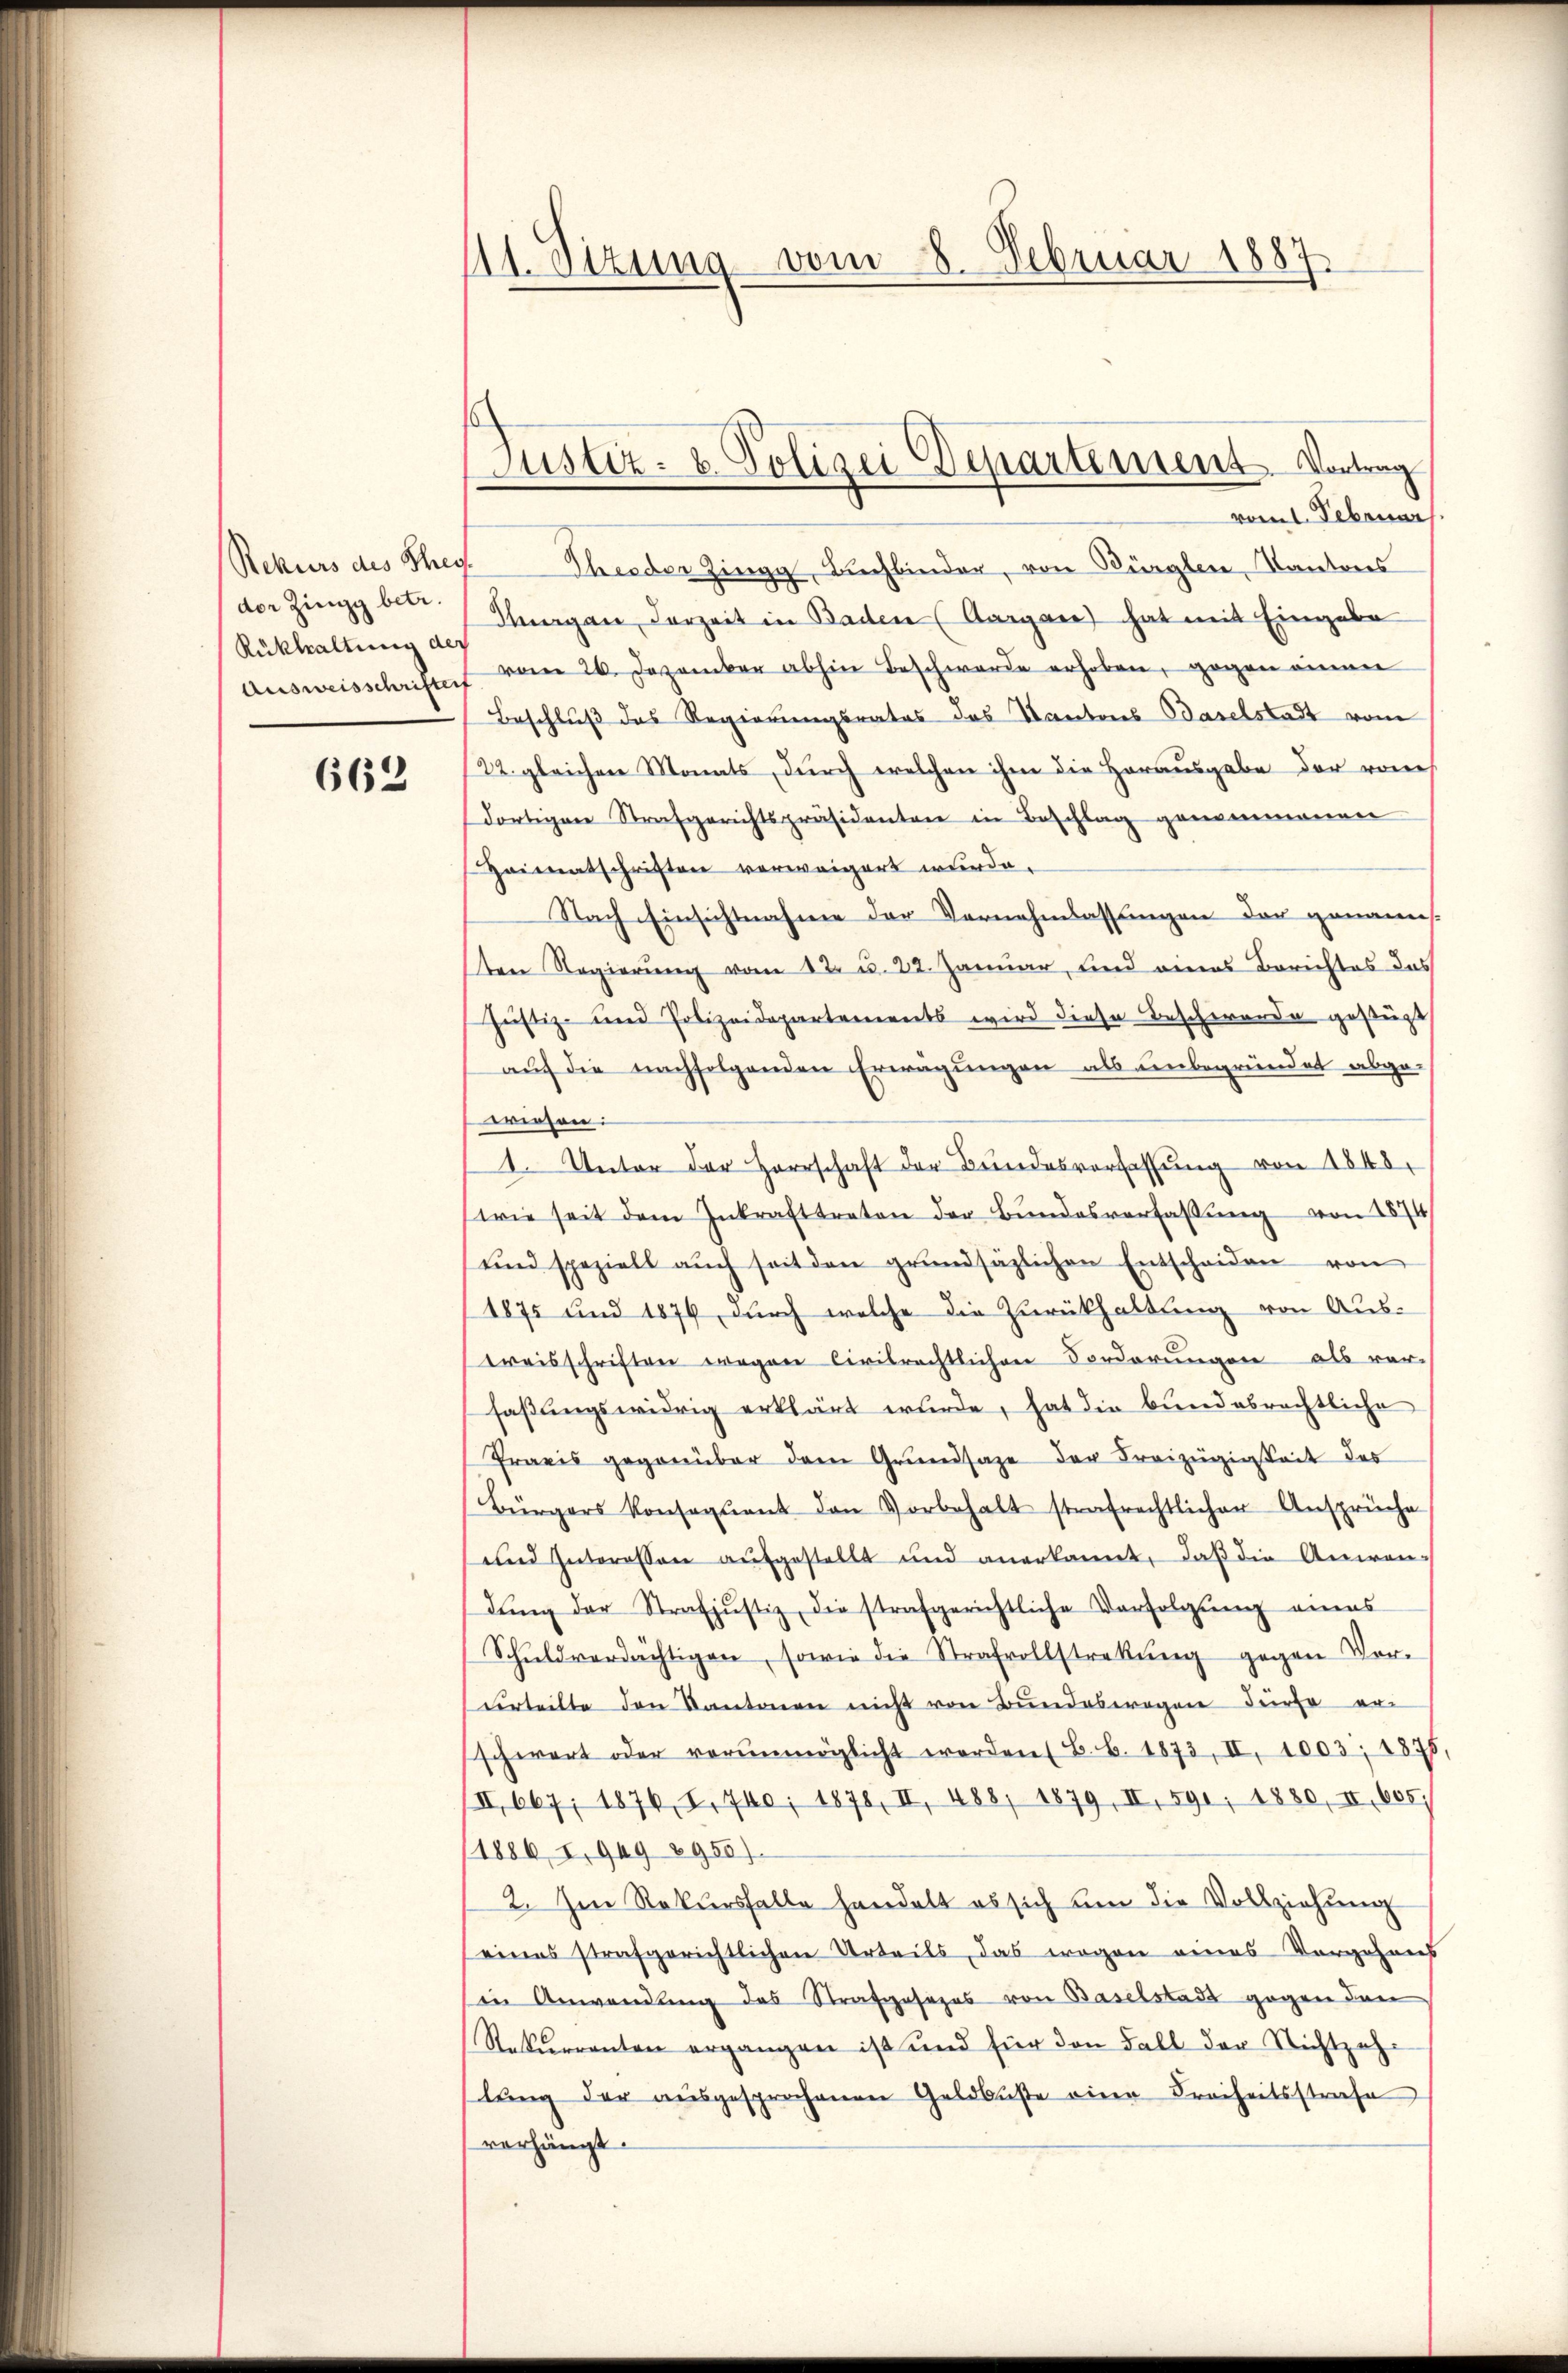
der Zingg betr.
Rükhaltung des

662

41. Sitzung vom 8. Februar 1887.

Justiz- & Polizei Departement. Vortrag

vom 1. Februar
Rekurs des They. Theeder Zingg, Buchbinder, von Bürglen, Kantons
Flurgen Vorzeit in Baden (Aargare) hat mit Eingabe
Ausweisschriftes vom 26. Dezember abhin Beschwerde erhoben, gegen einen
Beschluß des Regierungsrates das Kantons Baselstadt vom
22. gleichen Monats, durch welchen ihm die Herausgabe der von
dortigen Strafgerichtspräsidenten in Beschlag genommenen
Heimatschriften verweigert wurde.
Nach Einsichtnahme der Vernehmlassungen der genannes.
ten Regierung vom 12. u. 22. Januar, und eines Berichtes das
Justiz- und Polizeidepartements wird diese Beschwerde gestüzt
auch die nachfolgenden Erwägungen als unbegründet abge-
wiesen:
1. Unter der Herrschaft der Bundesverfassung von 1848.
wie seit dem Inkrafttreten der Bŭndesverfassŭng von 1874/
und speziell aŭch seit den grundsäzlichen Entscheiden von
1875 und 1876, durch welche die Zurückhaltung von Aus-
reisschriften wegen Civilrechtlichen Forderungen als vor-
faßungswidrig erklärt wurde, hat die bundesrechtliche
Praxis gegenüber dem Grŭndsaze der Freizügigkeit des
Bürgers Konsequent den Vorbehalt strafrechtlicher Ansprüche
und Interessen aufgestellt und anerkannt, daß die Anwendŭng der Strafjustiz, die strafgerichtliche Verfolgŭng eines
Schŭldverdächtigen, sowie die Strafvollstrekŭng gegen Vor-
verteilte den Kantonen nicht von Bundeswegen dürfe er
schwert oder vorŭnmöglicht worden (B.b. 1873, II. 1003; 1875,
III 667. 1876, I. 740; 1878, II 488, 1879, II, 591, 1880, II 605.
1886 I. 949 2950)
2. Im Rekursfalle handelt es sich um die Vollziehung
eines strafgerichtlichen Urteils, das wegen eines Vorgehens
sin Anwendung des Strafgesezes von Baselstadt gegen den
Rekurrenten ergangen ist und für den Fall der Nichtzehr
lŭng der aŭsgesprochenen Geldbuße eine Freiheitsstrafe
verhängt.